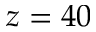
z = 4 0